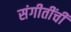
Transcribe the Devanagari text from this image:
संगीतींची